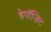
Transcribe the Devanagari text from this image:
डेपॉज़िट